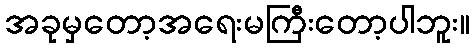
အခုမှတော့အရေးမကြီးတော့ပါဘူး။